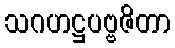
သဂဟဋ္ဌပဗ္ဗဇိတာ